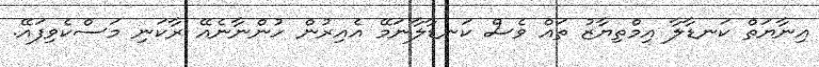
އިނާޔަތް ކަނޑާލާ އިމްތިޔާޒު ތައް ވެސް ކަނޑާލާނަމޭ އެއިރުން ހުންނާނެއޭ ރާކަނި މަސްކެވިފައޭ.